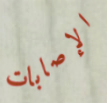
الإصابات